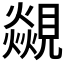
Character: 𮗝